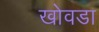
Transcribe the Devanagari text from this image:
खोवडा